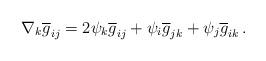
LaTeX: \begin{align*}\nabla_k\overline{g}_{ij}=2\psi_k\overline{g}_{ij}+\psi_i\overline{g}_{jk}+\psi_j\overline{g}_{ik}\,.\end{align*}